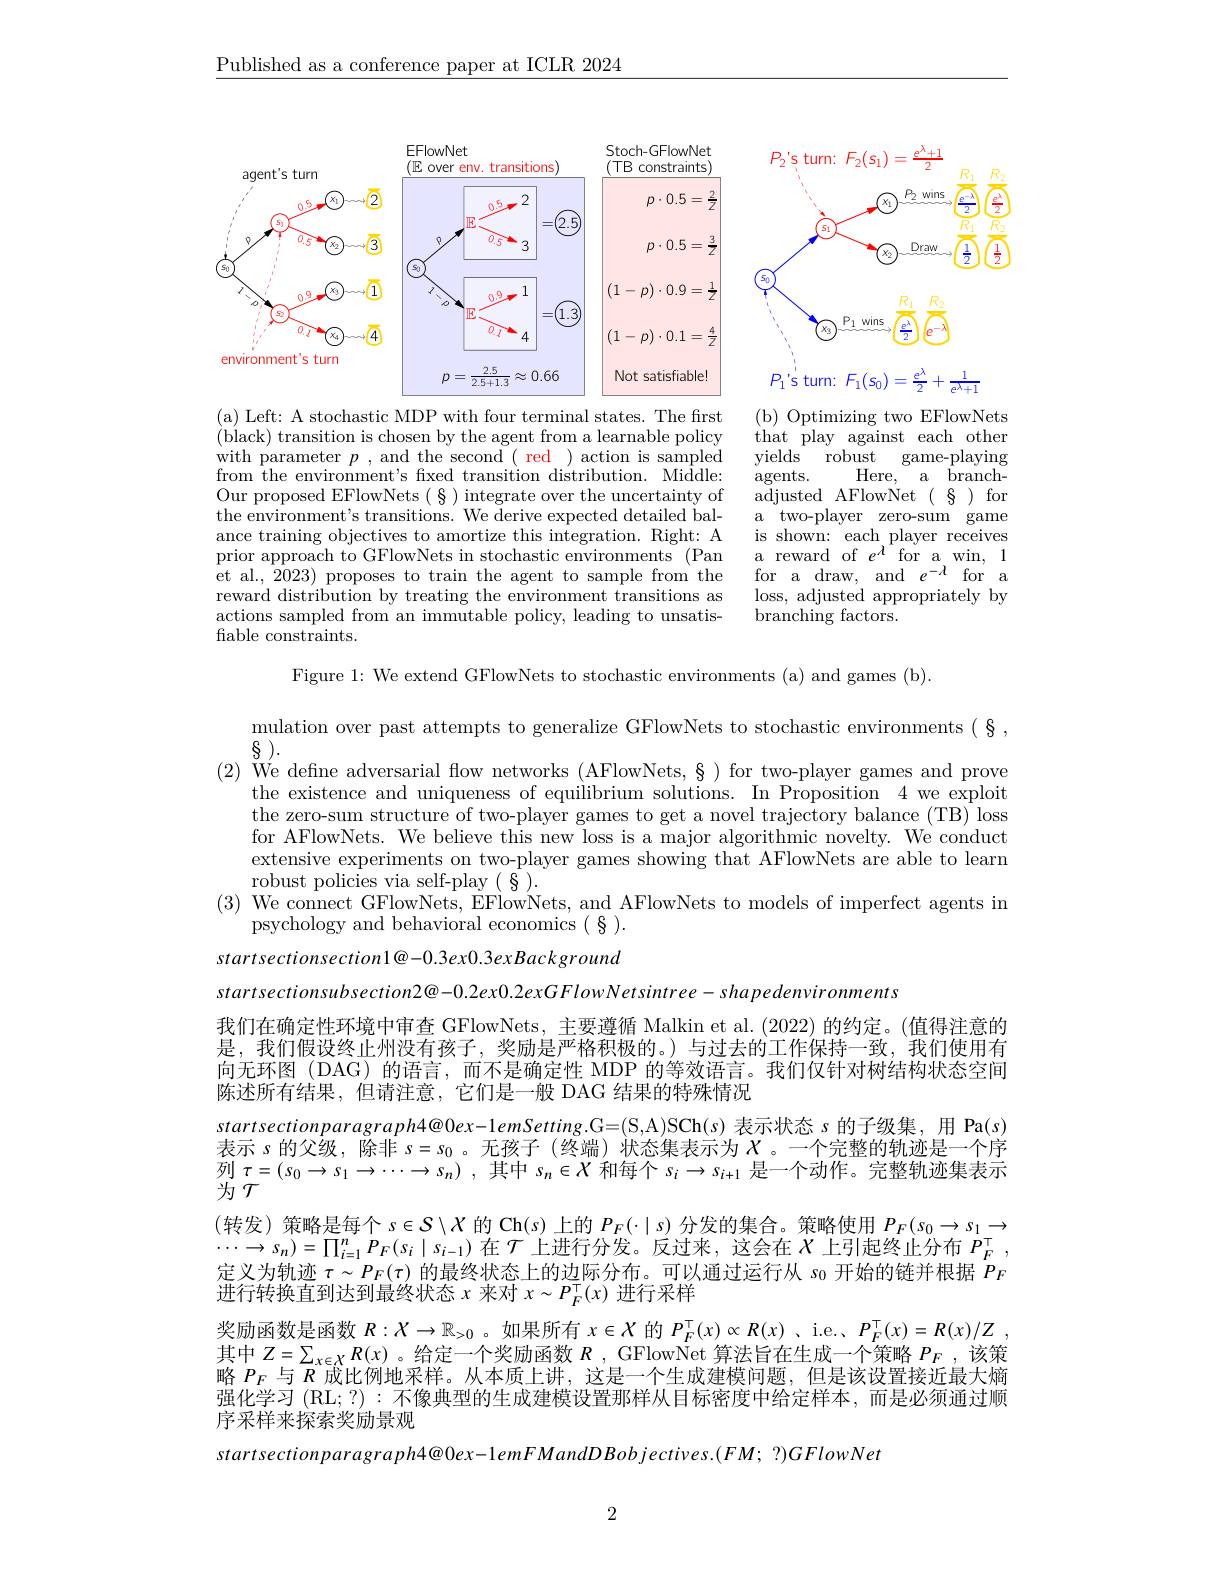
$\underline{\text{Published as a conference paper at ICLR 2024}}$

<FigureHere>

<FigureHere>

<FigureHere>

(b) Optimizing two EFlowNets that play against each other yields robust game-playing
Here, a branch-
agents.
adjusted AFlowNet $(\begin{array}{cc}{8}\end{array})$ for a two-player zero-sum game is shown: each player receives a reward of $e^{\lambda^{1}}$for a win, 1 for
draw, and $e^{- \lambda }$ for a
loss, adjusted appropriately by
branching factors.

(a) Left: A stochastic MDP with four terminal states. The first ( black) transition is chosen by the agent from a learnable policy with parameter $p$, and the second ( red ) action is sampled from the environment's fxed transition distribution. Middle: Our proposed EFlowNets $(\S)$ integrate over the uncertainty of the environment's transitions. We derive expected detailed balance training objectives to amortize this integration. Right: A prior approach to GFlowNets in stochastic environments (Pan et al., 2023) proposes to train the agent to sample from the reward distribution by treating the environment transitions as actions sampled from an immutable policy, leading to unsatisfable constraints.

Figure 1: We extend GFlowNets to stochastic environments (a) and games (b).

mulation over past attempts to generalize GFlowNets to stochastic environments(§,

8 ).

$( 2) \text{ \" {W}edefineadversarialflownetworks( AFlowNets, § ) fortwo- playergames and prove}$

the existence and uniqueness of equilibrium solutions. In Proposition 4 we exploit

the zero-sum structure of two-player games to get a novel trajectory balance (TB) loss

for AFlowNets. We believe this new loss is a major algorithmic novelty. We conduct

extensive experiments on two-player games showing that AFlowNets are able to learn

robust policies via self-play $(\begin{array}{c}{8}\end{array}).$

(3) We connect GFlowNets, EFlowNets, and AFlowNets to models of imperfect agents in

psychology and behavioral economics $(\S).$

startsectionsection1@-0.3ex0.3exBackground

startsectionsubsection2@-0.2ex0.2exGFlowNetsintree-shapedenvironments

我们在确定性环境中审查 GFlowNets, 主要遵循 Malkin et al. (2022) 的约定。(值得注意的是，我们假设终止州没有孩子，奖励是严格积极的。)与过去的工作保持一致，我们使用有向无环图(DAG)的语言，而不是确定性 MDP 的等效语言。我们仅针对树结构状态空间陈述所有结果，但请注意，它们是一般 DAG 结果的特殊情况
$startsectionparagraph4@ 0ex- 1emSetting.$G= ( S, A) SCh( s) 表示状态$s$的子级集，用 Pa$(s)$ 表示$s$的父级，除非$s=s_0$ 。无孩子 (终端) 状态集表示为$X$。一个完整的轨迹是一个序列$\tau=(s_0\to s_1\to\cdots\to s_n)$ ,其中$s_n\in X$和每个$s_i\to s_{i+1}$是一个动作。完整轨迹集表示为$\mathcal{T}$
(转发)策略是每个$s\in\mathcal{S}\setminus X$的 Ch$(s)$上的$P_F(\cdot|s)$分发的集合。策略使用$P_F(s_0\to s_1\to$
$s_{n})=\prod_{i=1}^{n}P_{F}(s_{i}\mid s_{i-1})$在$\mathcal{T}$上进行分发。反过来，这会在$X$上引起终止分布$P_F^{\top}$,
$\begin{array}{l}\text{定义为轨迹 }\tau\sim P_{F}(\tau)\text{ 的最终状态上的边际分布。可以通过运行从 }s_{0}\text{ 开始的链并根据 }P_{F}\\\text{进行转换直到达到最终状态 }x\text{ 来对 }x\sim P_{F}^{\top}(x)\text{ 进行采样}\end{array}$ 奖励函数是函数$R:X\to\mathbb{R}_{>0}$ 。如果所有$x\in X$的$P_F^\top(x)\propto R(x)$ 、i.e.、$P_F^\top(x)=R(x)/Z$ 其中$Z=\sum_{x\in X}R(x)$ 。给定一个奖励函数$R$ , GFlowNet 算法旨在生成一个策略$P_F$ ,该策略$P_F$与$R$成比例地采样。从本质上讲，这是一个生成建模问题，但是该设置接近最大熵强化学习 (RL;?) : 不像典型的生成建模设置那样从目标密度中给定样本 ,而是必须通过顺序采样来探索奖励景观
$startsectionparagraph4@0ex-1emFMandDBobjectives.(FM;?)GFlowNet$

2